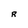
Character: R